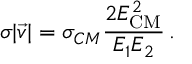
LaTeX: \sigma | \vec { v } | = \sigma _ { C M } \frac { 2 E _ { \mathrm { C M } } ^ { 2 } } { E _ { 1 } E _ { 2 } } \, .